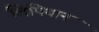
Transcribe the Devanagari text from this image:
लिपियान